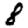
Digit: 8